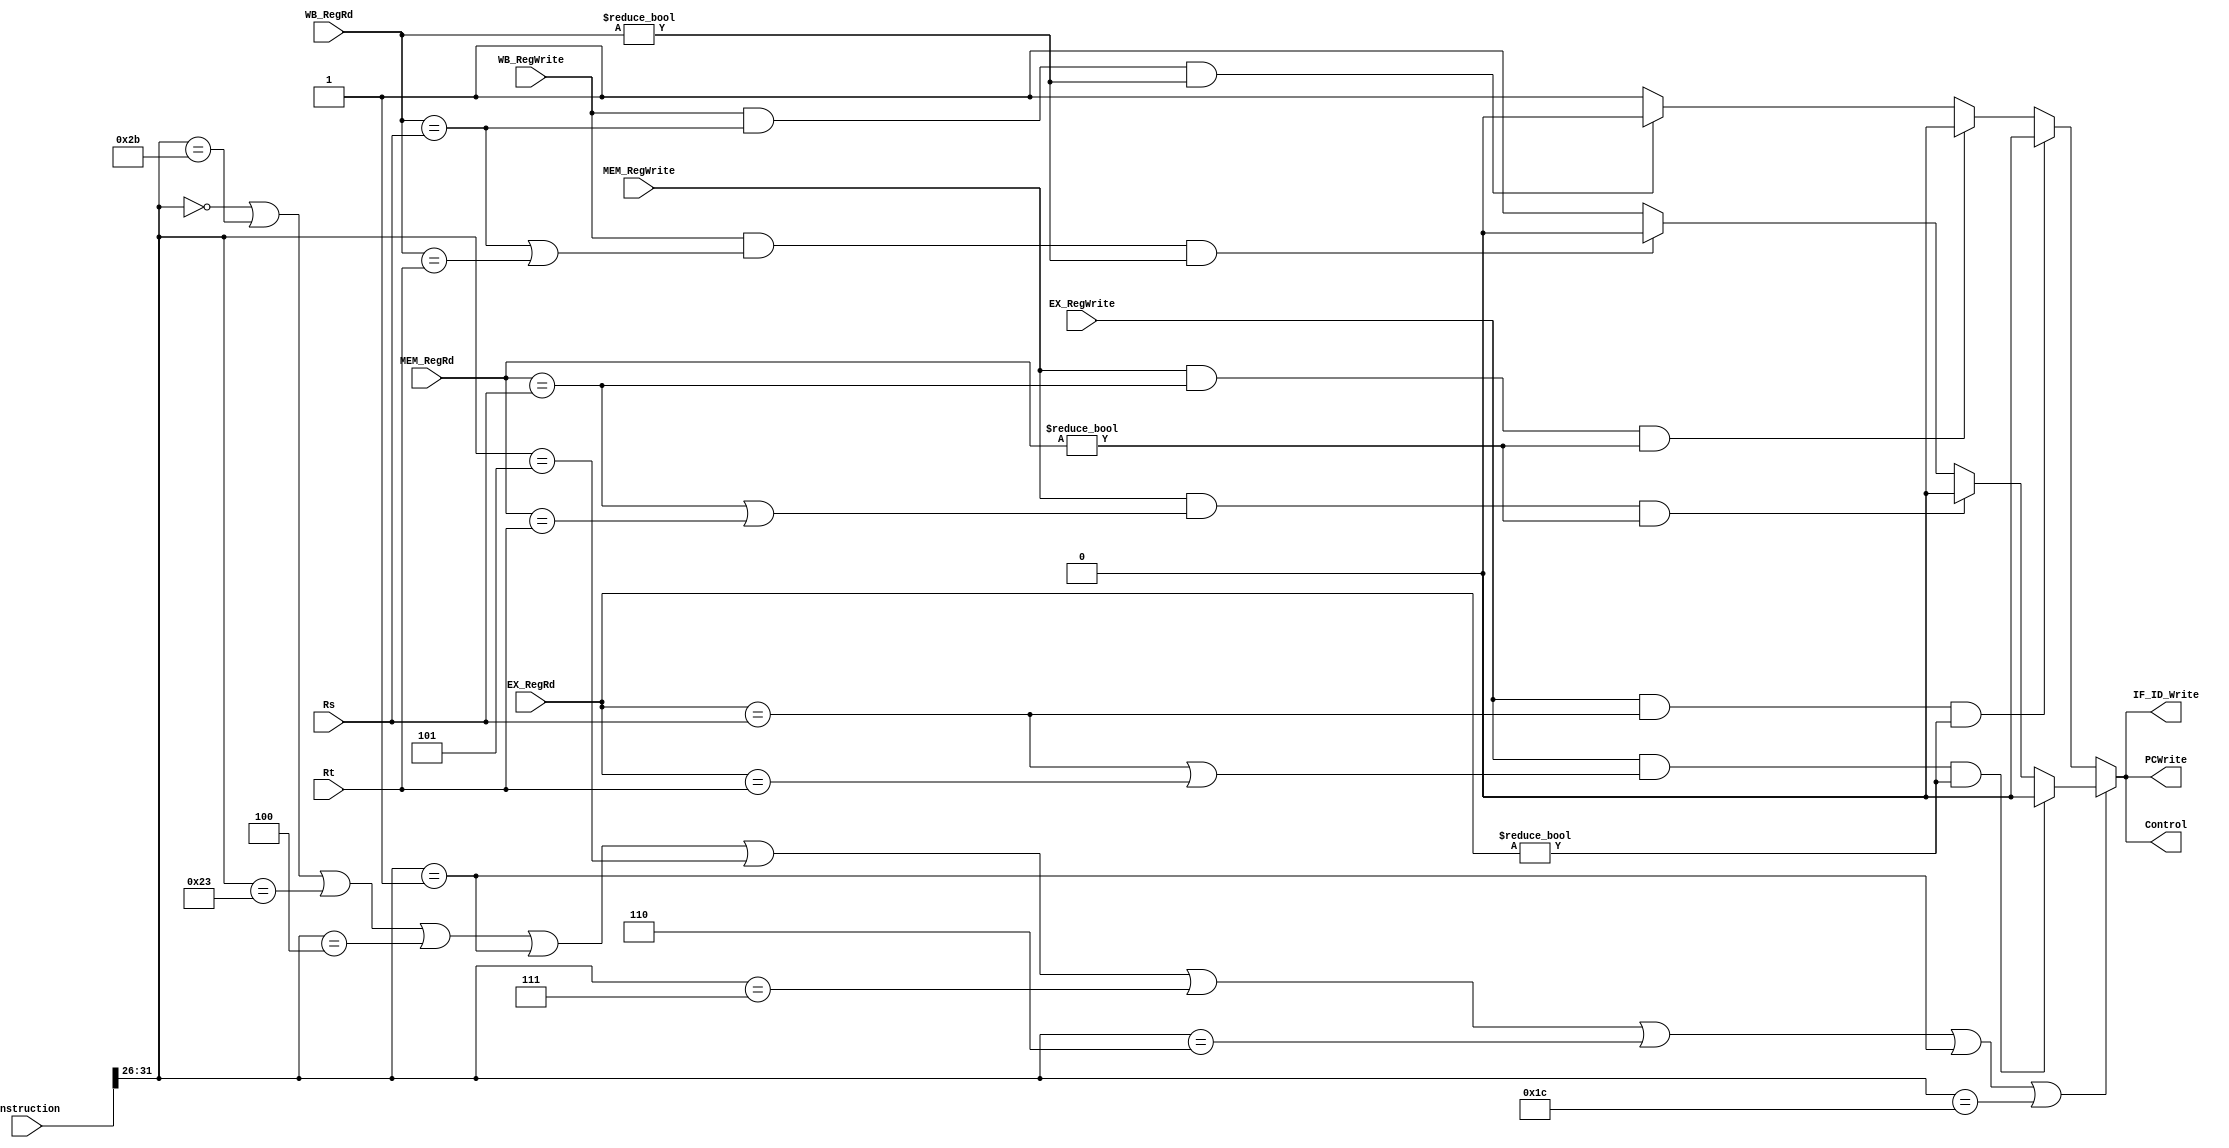
`timescale 1ns / 1ps
//////////////////////////////////////////////////////////////////////////////////
// Company: 
// Engineer: 
// 
// Design Name: 
// Module Name: Hazard
// Project Name: 
// Target Devices: 
// Tool Versions: 
// Description: 
// 
// Dependencies: 
// 
// Revision:
// Revision 0.01 - File Created
// Additional Comments:
// 
//////////////////////////////////////////////////////////////////////////////////


module Hazard(Rs, Rt, EX_RegWrite, EX_RegRd,
        MEM_RegWrite, MEM_RegRd,
        WB_RegWrite, WB_RegRd,
        PCWrite, IF_ID_Write, Control,
        instruction);
        
    input EX_RegWrite, MEM_RegWrite, WB_RegWrite;
    input [4:0] Rs, Rt, EX_RegRd, MEM_RegRd, WB_RegRd;
    input [31:0] instruction;
    output reg PCWrite, IF_ID_Write, Control;
    
    
    always @ (*) begin
        if (instruction[31:26] == 6'b000000 || instruction[31:26] == 6'b101011 || instruction[31:26] == 6'b100011 ||
            instruction[31:26] == 6'b000100 || instruction[31:26] == 6'b000001 || instruction[31:26] == 6'b000101 ||
            instruction[31:26] == 6'b000111 || instruction[31:26] == 6'b000110 || instruction[31:26] == 6'b000001 ||
            instruction[31:26] == 6'b011100) begin
            if ((EX_RegWrite == 1) && ((EX_RegRd == Rs) || (EX_RegRd == Rt)) && EX_RegRd != 0) begin
                PCWrite <= 0;
                IF_ID_Write <= 0;
                Control <= 0;
            end
            else if ((MEM_RegWrite == 1) && ((MEM_RegRd == Rs) || (MEM_RegRd == Rt)) && MEM_RegRd != 0) begin
                PCWrite <= 0;
                IF_ID_Write <= 0;
                Control <= 0;
            end
            else if ((WB_RegWrite == 1) && ((WB_RegRd == Rs) || (WB_RegRd == Rt)) && WB_RegRd != 0) begin
                PCWrite <= 0;
                IF_ID_Write <= 0;
                Control <= 0;
            end
            else begin
                PCWrite <= 1;
                IF_ID_Write <= 1;
                Control <= 1;
            end
        end
        else begin
            if ((EX_RegWrite == 1) && (EX_RegRd == Rs) && EX_RegRd != 0) begin
                PCWrite <= 0;
                IF_ID_Write <= 0;
                Control <= 0;
            end
            else if ((MEM_RegWrite == 1) && (MEM_RegRd == Rs) && MEM_RegRd != 0) begin
                PCWrite <= 0;
                IF_ID_Write <= 0;
                Control <= 0;
            end
            else if ((WB_RegWrite == 1) && (WB_RegRd == Rs) && WB_RegRd != 0) begin
                PCWrite <= 0;
                IF_ID_Write <= 0;
                Control <= 0;
            end
            else begin
                PCWrite <= 1;
                IF_ID_Write <= 1;
                Control <= 1;
            end
        end
    end
    
endmodule